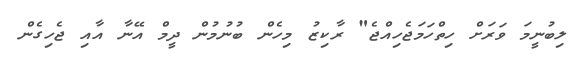
ލިބުނީމަ ވަރަށް ހިތްހަމަޖެހިއްޖެ" ރާކިޒު މިހެން ބުނުމުން ދީމް އޭނާ އާއި ޖެހިގެން